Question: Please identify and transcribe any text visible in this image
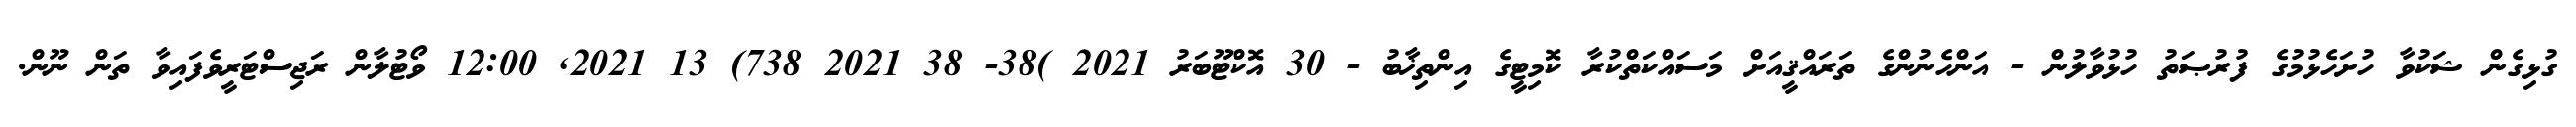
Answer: ގުޅިގެން ޝަކުވާ ހުށަހެޅުމުގެ ފުރުޞަތު ހުޅުވާލުން - އަންހެނުންގެ ތަރައްޤީއަށް މަސައްކަތްކުރާ ކޮމިޓީގެ އިންތިޚާބު - 30 އޮކްޓޫބަރު 2021 )38- 38 2021 738) 13 2021, 12:00 ވޯޓުލާން ރަޖިސްޓަރީވެފައިވާ ތަން ނޫން.